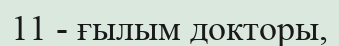
11 - ғылым докторы,